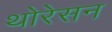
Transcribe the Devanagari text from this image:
थोरेसन